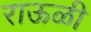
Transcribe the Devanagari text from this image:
राऊळी